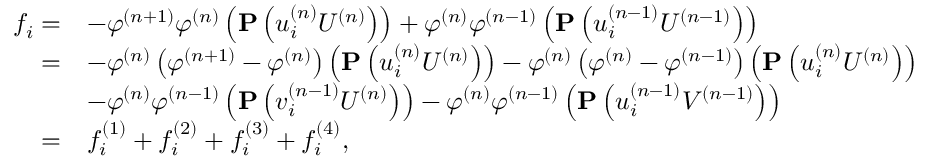
\begin{array} { r l } { f _ { i } = } & { - \varphi ^ { ( n + 1 ) } \varphi ^ { ( n ) } \left( \mathbf { P } \left( u _ { i } ^ { ( n ) } U ^ { ( n ) } \right) \right) + \varphi ^ { ( n ) } \varphi ^ { ( n - 1 ) } \left( \mathbf { P } \left( u _ { i } ^ { ( n - 1 ) } U ^ { ( n - 1 ) } \right) \right) } \\ { = } & { - \varphi ^ { ( n ) } \left( \varphi ^ { ( n + 1 ) } - \varphi ^ { ( n ) } \right) \left( \mathbf { P } \left( u _ { i } ^ { ( n ) } U ^ { ( n ) } \right) \right) - \varphi ^ { ( n ) } \left( \varphi ^ { ( n ) } - \varphi ^ { ( n - 1 ) } \right) \left( \mathbf { P } \left( u _ { i } ^ { ( n ) } U ^ { ( n ) } \right) \right) } \\ & { - \varphi ^ { ( n ) } \varphi ^ { ( n - 1 ) } \left( \mathbf { P } \left( v _ { i } ^ { ( n - 1 ) } U ^ { ( n ) } \right) \right) - \varphi ^ { ( n ) } \varphi ^ { ( n - 1 ) } \left( \mathbf { P } \left( u _ { i } ^ { ( n - 1 ) } V ^ { ( n - 1 ) } \right) \right) } \\ { = } & { f _ { i } ^ { ( 1 ) } + f _ { i } ^ { ( 2 ) } + f _ { i } ^ { ( 3 ) } + f _ { i } ^ { ( 4 ) } , } \end{array}